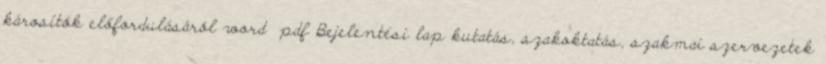
károsítók előfordulásáról word pdf Bejelentési lap kutatás, szakoktatás, szakmai szervezetek